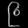
Digit: ၉